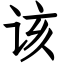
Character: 该